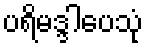
ပရိမဒ္ဒါပေသုံ